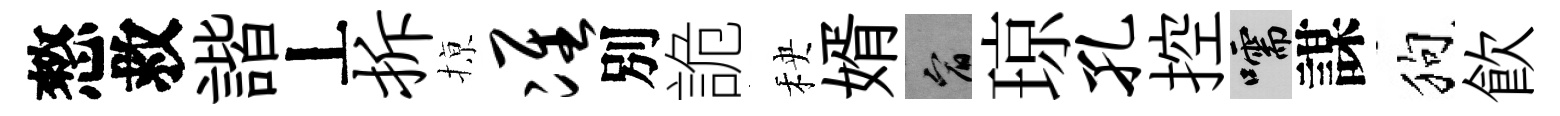
憗救諧丄拆𢱊准別詭秧婿宥琼孔控嚅謀狗飮